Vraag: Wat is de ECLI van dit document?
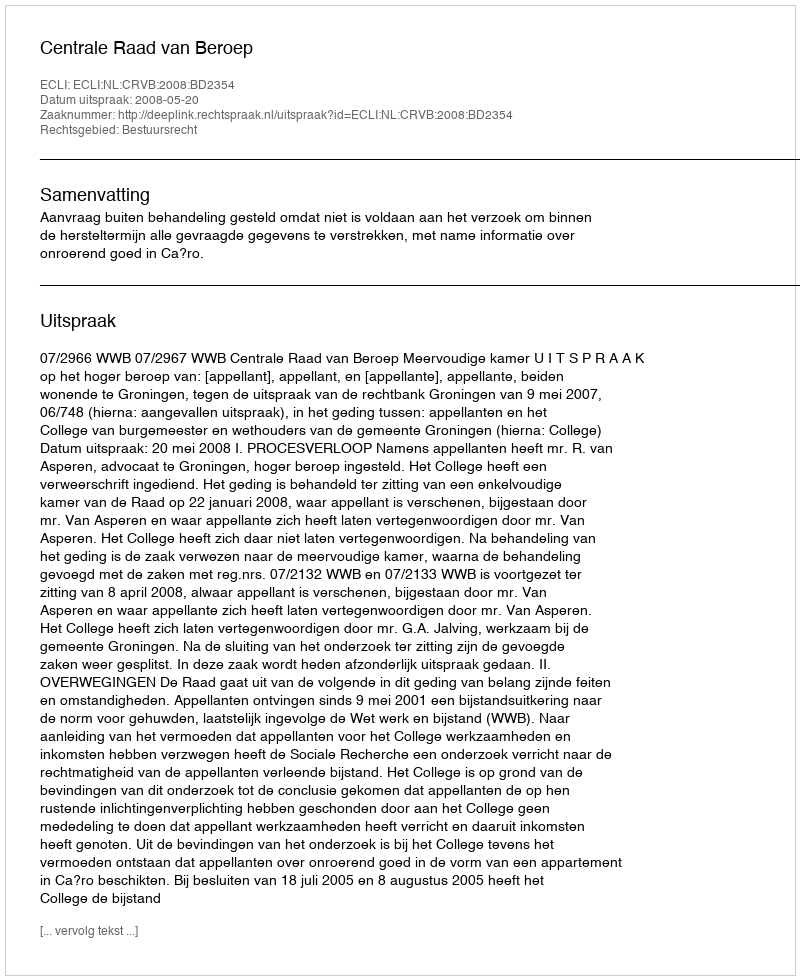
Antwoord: ECLI:NL:CRVB:2008:BD2354